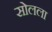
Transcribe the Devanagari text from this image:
सोलला